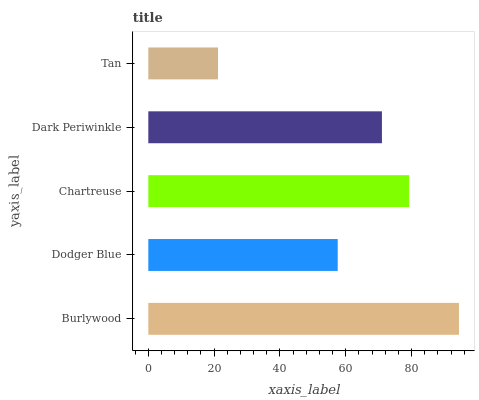
| yaxis_label | bars |
 | --- | --- |
 | Burlywood | 94.4 |
 | Dodger Blue | 57.6 |
 | Chartreuse | 79.3 |
 | Dark Periwinkle | 71 |
 | Tan | 21.2 |